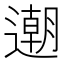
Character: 𨗛